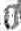
0